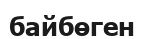
байбөген